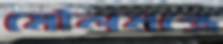
মৌলমন্ত্রে